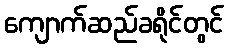
ကျောက်ဆည်ခရိုင်တွင်